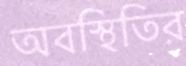
অবস্থিতির